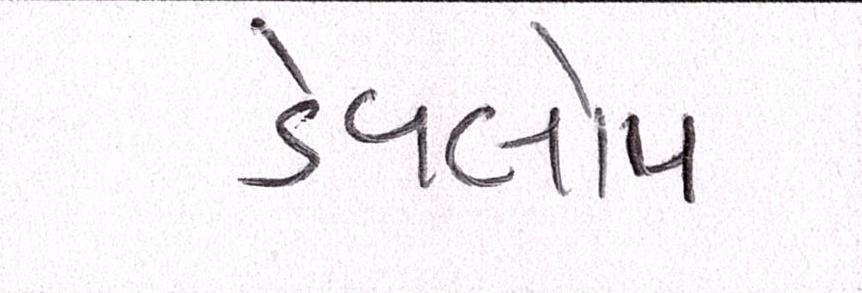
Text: ડેવલોપ